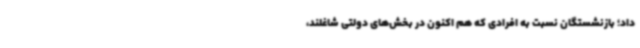
داد؛ بازنشستگان نسبت به افرادی که هم اکنون در بخش‌های دولتی شاغلند،